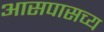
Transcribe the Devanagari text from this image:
आसपासच्य